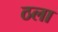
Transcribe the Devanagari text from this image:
ठला